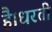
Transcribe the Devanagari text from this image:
है।धरती